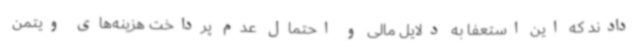
دادند که این استعفا به دلایل مالی و احتمال عدم پرداخت هزینه‌های ویتمن